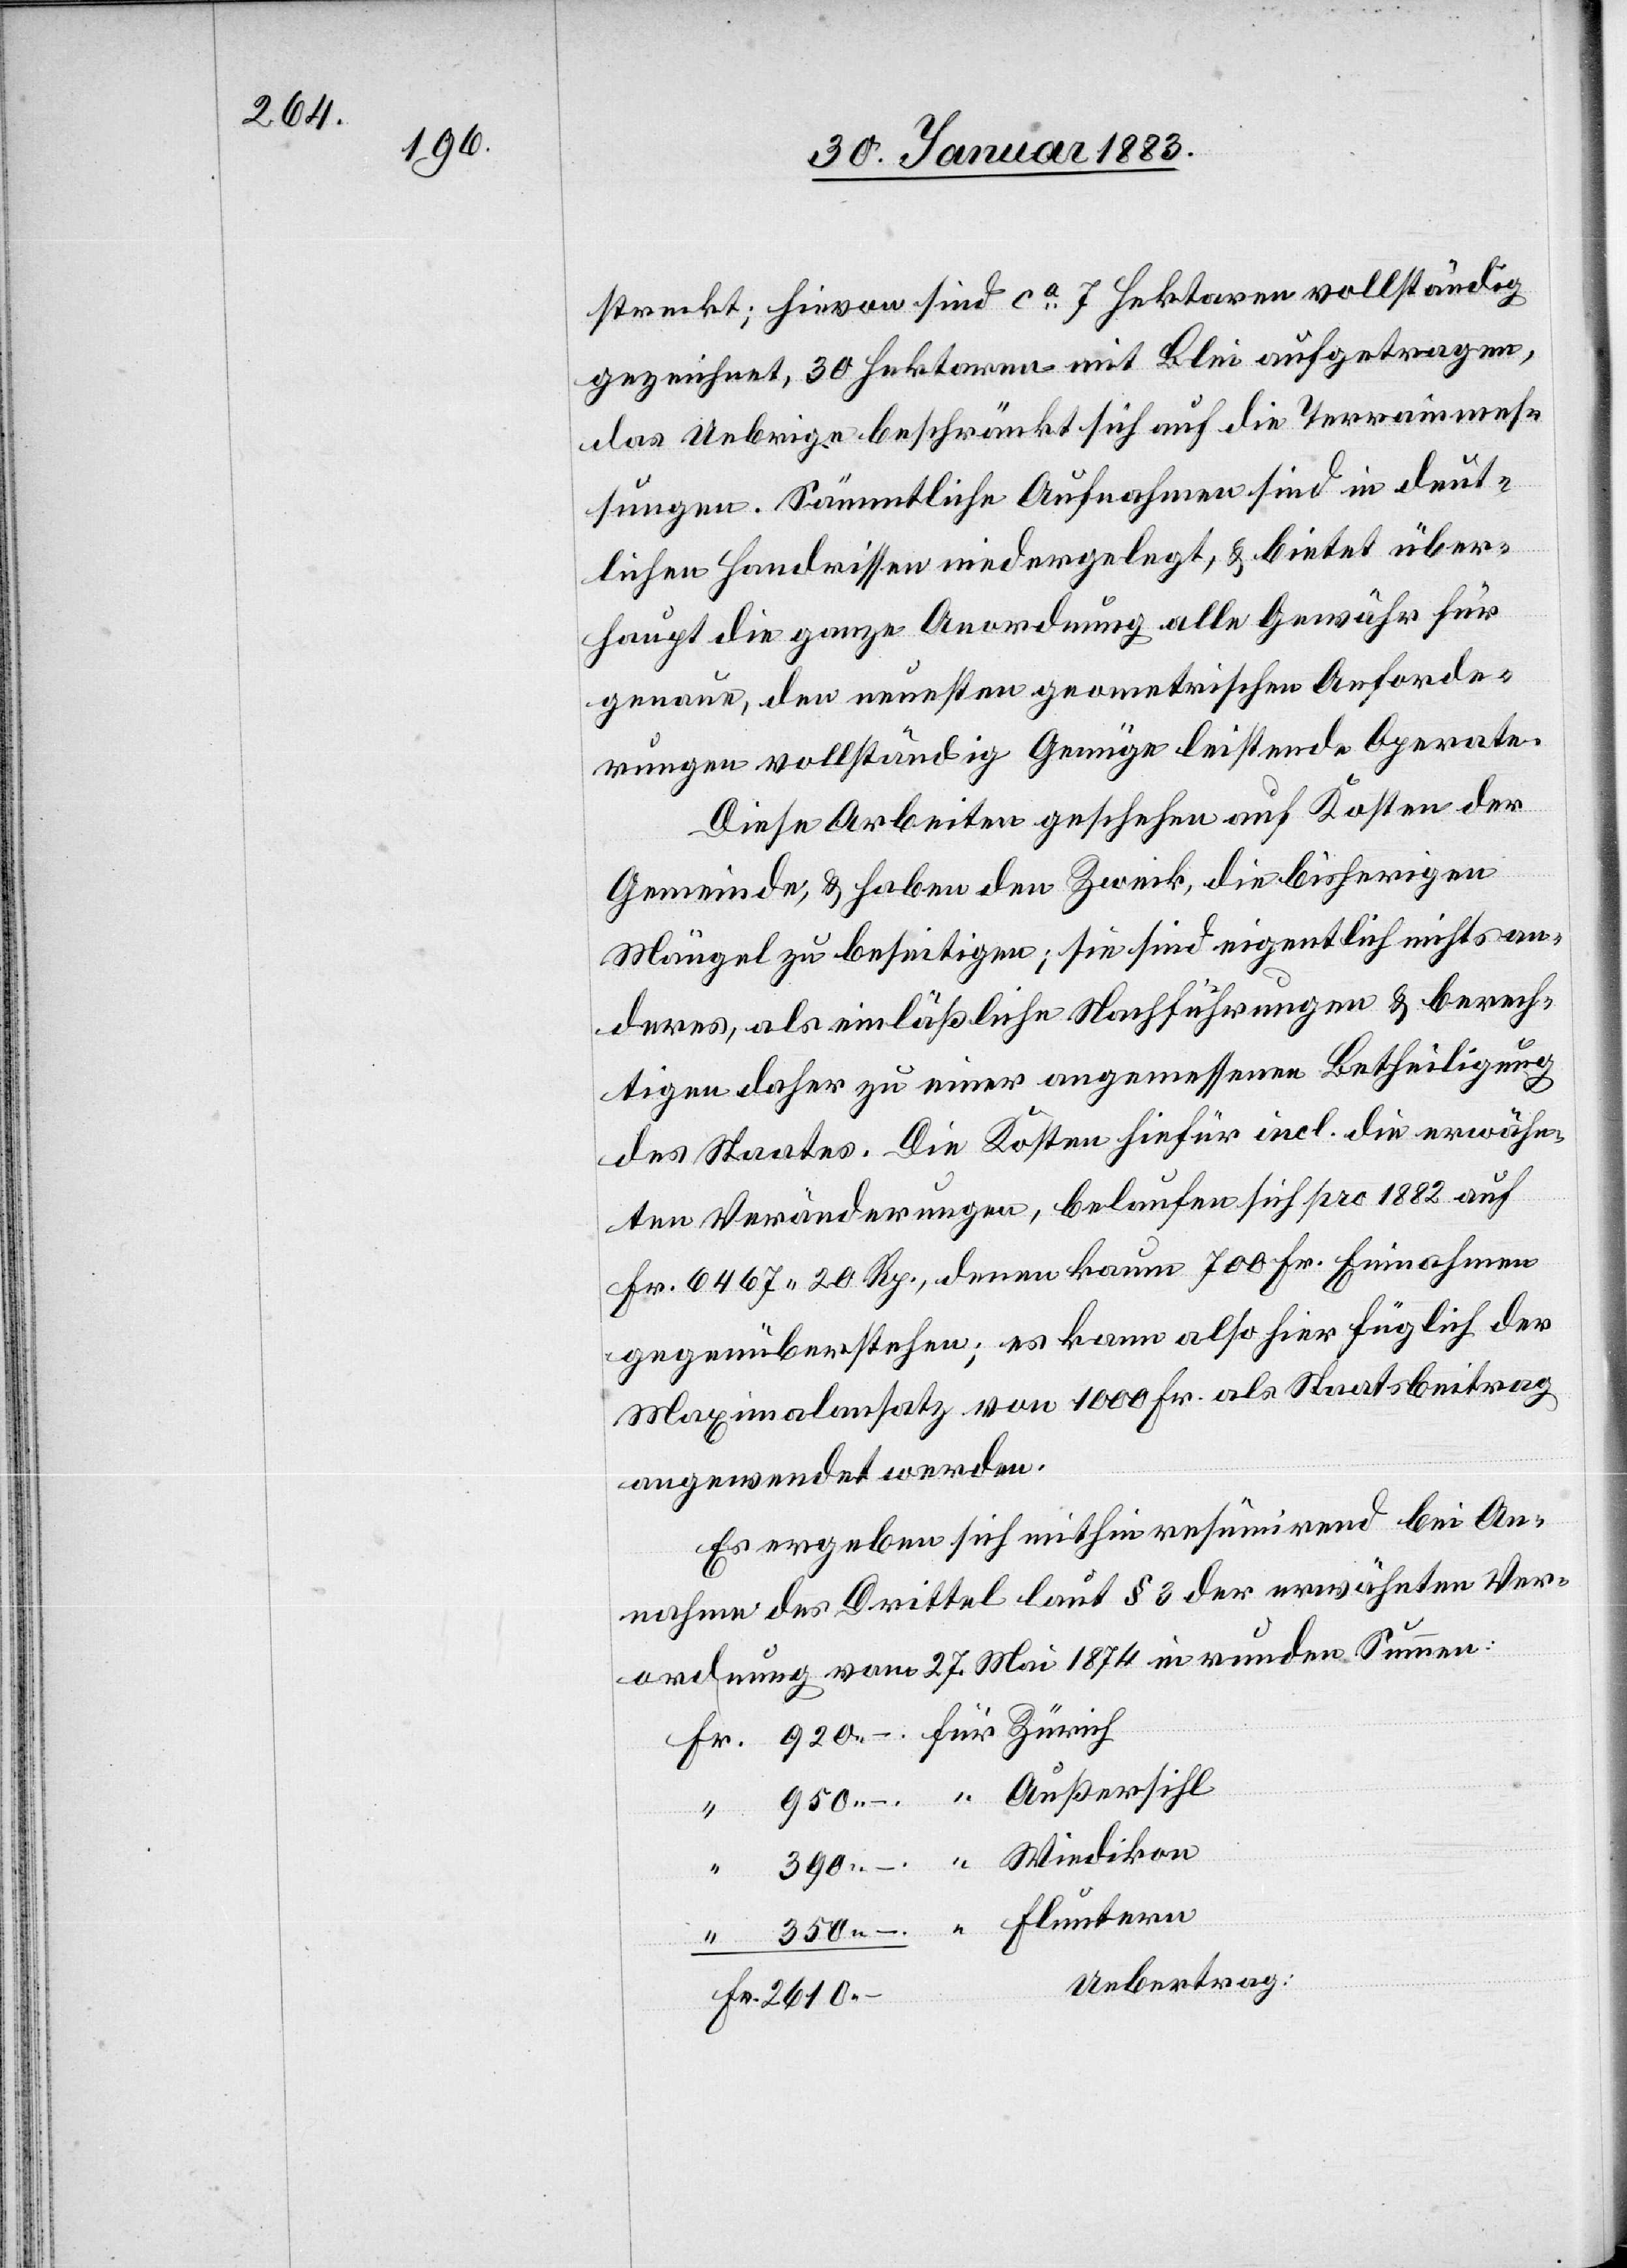
streckt; hievon sind ca 7 Hektaren vollständig
gezeichnet, 30 Hektaren mit Blei aufgetragen,
das Uebrige beschränkt sich auf die Terrainmes¬
sungen. Sämmtliche Aufnahmen sind in deut¬
lichen Handrissen niedergelegt, & bietet über¬
haupt die ganze Anordnung alle Gewähr für
genaue, den neuesten geometrischen Anforde¬
rungen vollständig Genüge leistende Operate.
Diese Arbeiten geschehen auf Kosten der
Gemeinde, & haben den Zweck, die bisherigen
Mängel zu beseitigen; sie sind eigentlich nichts an¬
deres, als einläßliche Nachführungen & berech¬
tigen daher zu einer angemessenen Betheiligung
des Staates. Die Kosten hiefür incl. die erwähn¬
ten Veränderungen, belaufen sich pro 1882 auf
Fr. 6467 20 Rp., denen kaum 700 Fr. Einnahmen
gegenüberstehen; es kann also hier füglich der
Maximalansatz von 1000 Fr als Staatsbeitrag
angewendet werden.
Es ergeben sich mithin resümirend bei An¬
nahme des Drittel laut § 3 der erwähnten Ver¬
ordnung vom 27. Mai 1874 in runden Summen: